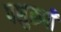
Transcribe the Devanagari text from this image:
पशुरूपी